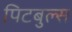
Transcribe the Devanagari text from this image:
पिटबुल्स